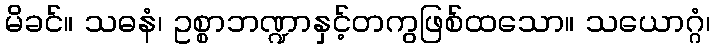
မိခင်။ သဓနံ၊ ဥစ္စာဘဏ္ဍာနှင့်တကွဖြစ်ထသော။ သယောဂ္ဂံ၊